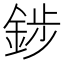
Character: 䤮